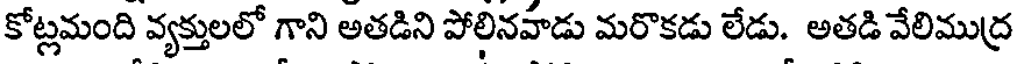
కోట్లమంది వ్యక్తులలో గాని అతడిని పోలినవాడు మరొకడు లేడు. అతడి వేలిముద్ర